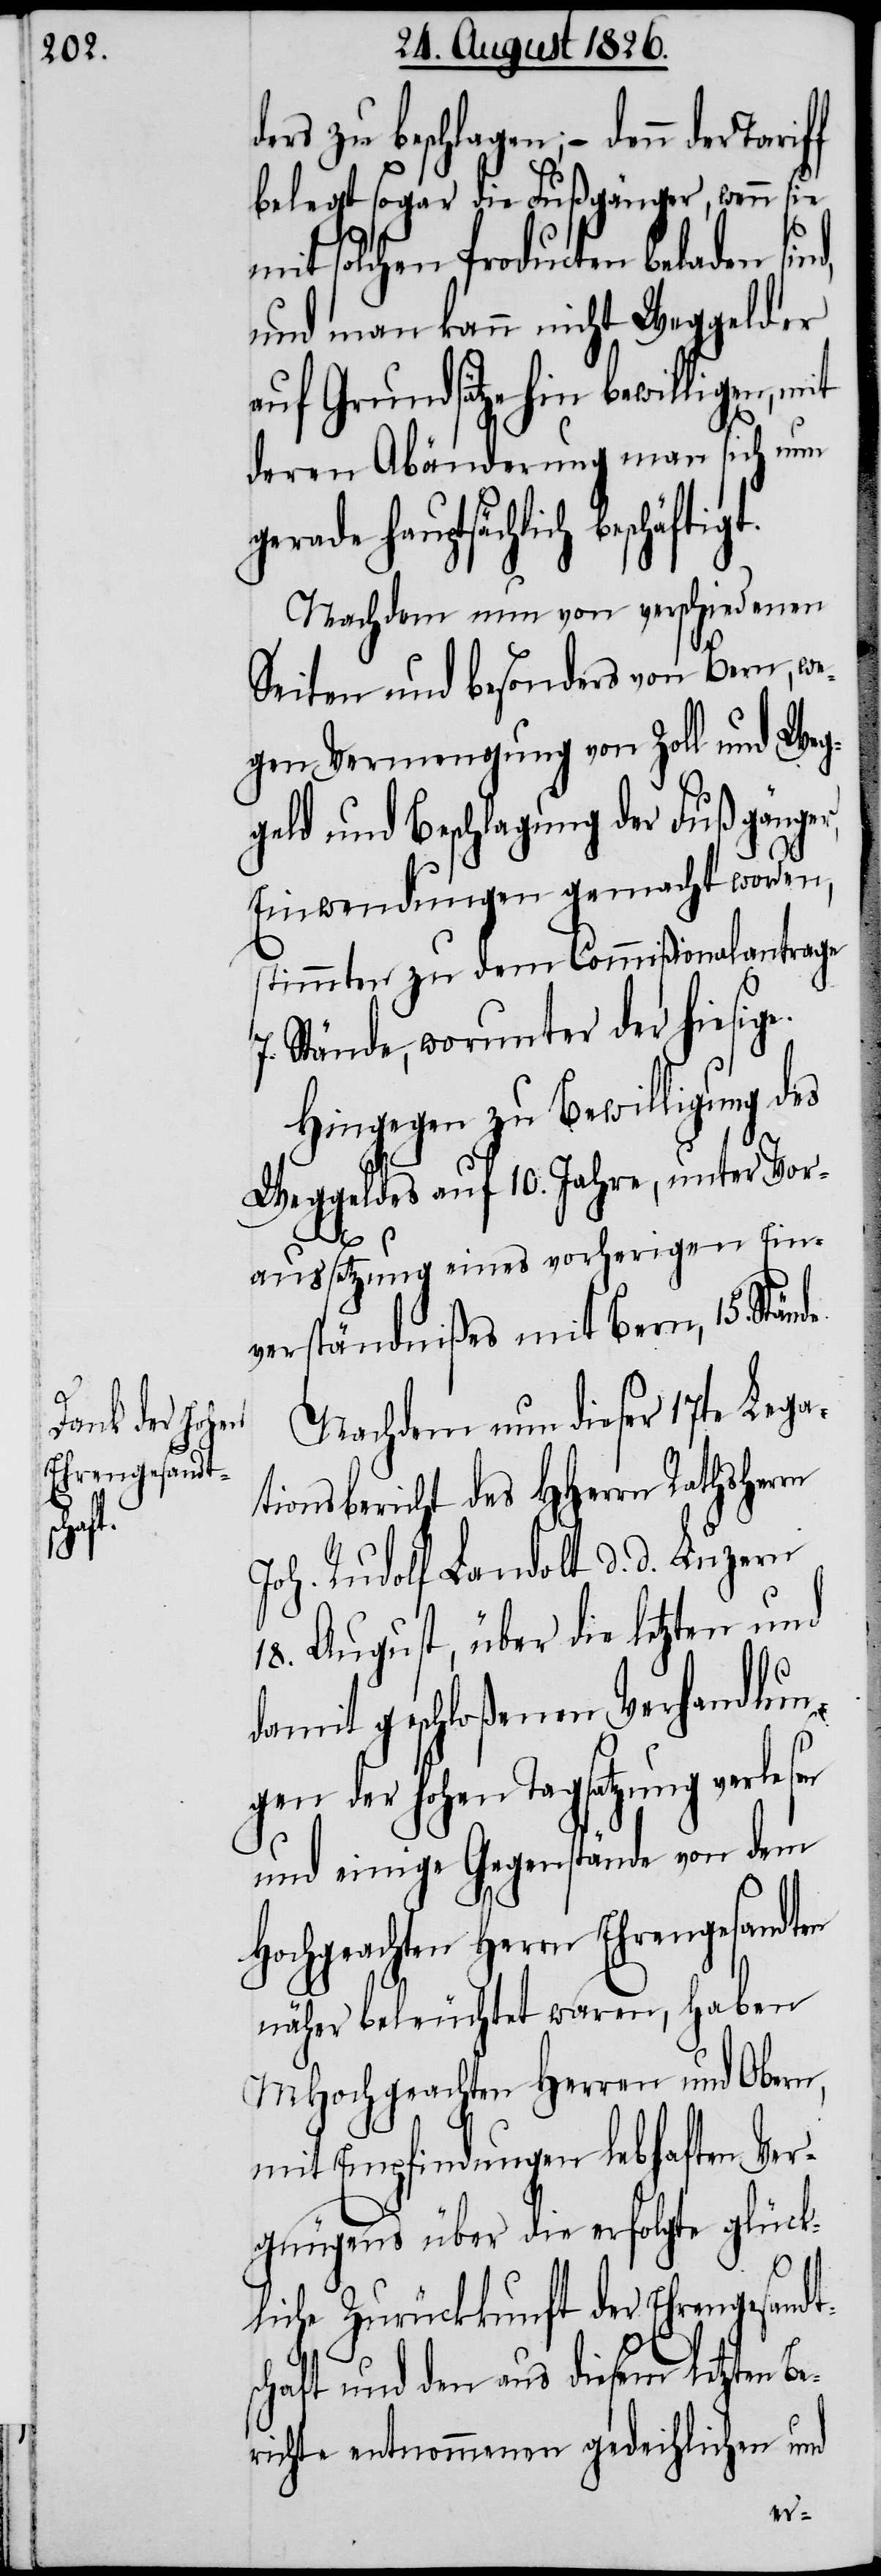
ers zu beschlagen; – denn der
belegt sogar die Fußgänger, wenn sie
mit solchen Producten beladen sind,
und man kann nicht Weggelder
auf Grundsätze hin bewilligen, mit
deren Abänderung man sich nun
gerade hauptsächlich
Nachdem nun von verschiedenen
Seiten und besonders von Bern, we¬
gen Vermengung von Zoll und Weg¬
geld und Beschlagung der Fußgänger,
Einwendungen gemacht worden,
stimmten zu dem Commißionalantrage
7. Stände, worunter der hiesige.
Hingegen zu Bewilligung
Weggeldes auf 10. Jahre, unter Vor¬
sen
aussetzung eins vorherigen Ein¬
verständnißes mit Bern, 15. Stän¬
Nachdem nun dieser 17te Lega¬
tionsbericht des HHerrn Rathsherrn
Joh. Rudolf Landolt, d. d. Luzern
18. August, über die letzten und
damit geschloßenen Verhandlun¬
gen der hohen Tagsatzung verle¬
und einige Gegenstände von dem
Hochgeachten Herrn Ehrengesandten
näher beleuchtet waren, haben
MHochgeachten Herren und Obern,
mit Empfindungen lebhaften Ver¬
gnügens über die erfolgte glück¬
liche Zurückkunft der Ehrengesandt¬
schaft und den aus diesem letzten Be¬
richte entnommenen gedeihlichen und